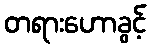
တရားဟောခွင့်